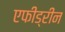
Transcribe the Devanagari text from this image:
एफीड्रीन